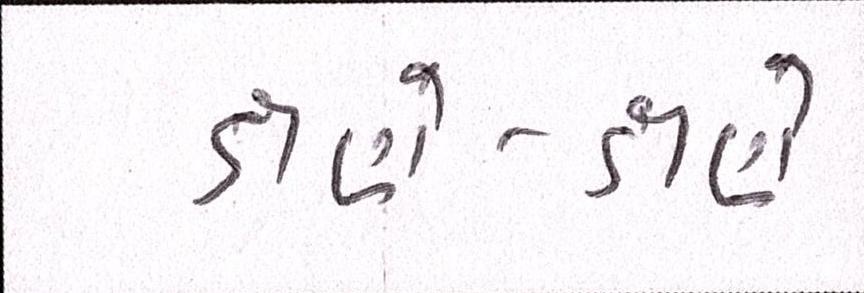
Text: ક્ષણે-ક્ષણે